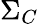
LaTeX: \Sigma_{C}